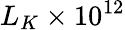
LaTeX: L_{K}\times 10^{12}